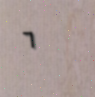
٦